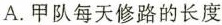
A.甲队每天修路的长度